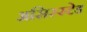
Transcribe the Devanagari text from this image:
असिस्स्टेड